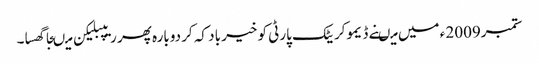
ستمبر2009 ء میں میںنے ڈیموکریٹک پارٹی کو خیر باد کہ کر دوبارہ پھر ریپبلیکن میںجا گھسا۔